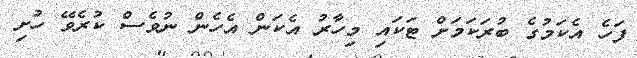
ފަހެ އެކަމުގެ ބުރަކަމަށް ޓަކައި މިހާރު އެކަން އެހެން ނުވެސް ކުރެވޭ ހުށި